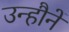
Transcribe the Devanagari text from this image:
उन्हौनें